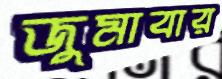
জুমাবার